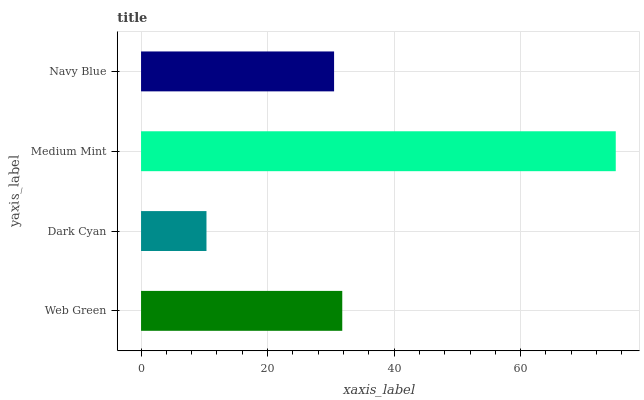
| yaxis_label | bars |
 | --- | --- |
 | Web Green | 31.8 |
 | Dark Cyan | 10.3 |
 | Medium Mint | 75 |
 | Navy Blue | 30.5 |